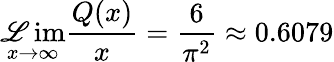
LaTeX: \operatorname*{\mathscr{L}im}_{x\to\infty}{\frac{{Q(x)}}{{x}}}={\frac{{6}}{{\pi^{2}}}}\approx0.6079